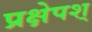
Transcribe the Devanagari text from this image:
प्रक्षेपश्